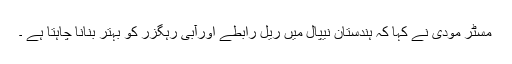
مسٹر مودی نے کہا کہ ہندستان نیپال میں ریل رابطے اورآبی رہگزر کو بہتر بنانا چاہتا ہے ۔